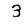
Digit: 3